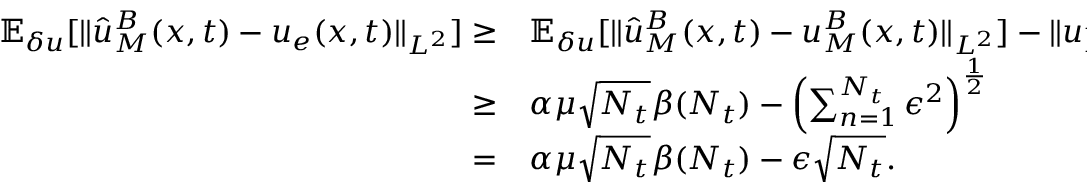
\begin{array} { r l r } { \mathbb { E } _ { \delta u } [ \| \hat { u } _ { M } ^ { B } ( \boldsymbol { x } , t ) - u _ { e } ( \boldsymbol { x } , t ) \| _ { L ^ { 2 } } ] \ge } & { { } \mathbb { E } _ { \delta u } [ \| \hat { u } _ { M } ^ { B } ( \boldsymbol { x } , t ) - u _ { M } ^ { B } ( \boldsymbol { x } , t ) \| _ { L ^ { 2 } } ] - \| u _ { M } ^ { B } ( \boldsymbol { x } , t ) - u _ { e } ( \boldsymbol { x } , t ) \| _ { L _ { 2 } } } & { \quad { \scriptstyle ( \mathrm { ~ T ~ r ~ i ~ a ~ n ~ g ~ l ~ e ~ i ~ n ~ e ~ q ~ u ~ a ~ l ~ i ~ t ~ y ~ } ) } } \\ { \ge } & { { } \alpha \mu \sqrt { N _ { t } } \beta ( N _ { t } ) - \left( \sum _ { n = 1 } ^ { N _ { t } } \epsilon ^ { 2 } \right) ^ { \frac { 1 } { 2 } } } & { \quad { \scriptstyle ( \mathrm { ~ L ~ e ~ m ~ m ~ a ~ ~ ~ a ~ n ~ d ~ L ~ e ~ m ~ m ~ a ~ ~ ~ } ) } } \\ { = } & { { } \alpha \mu \sqrt { N _ { t } } \beta ( N _ { t } ) - \epsilon \sqrt { N _ { t } } . } & { } \end{array}